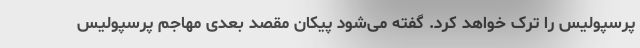
پرسپولیس را ترک خواهد کرد. گفته می‌شود پیکان مقصد بعدی مهاجم پرسپولیس